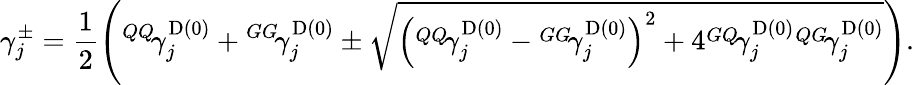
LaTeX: \gamma_{j}^{\pm}=\frac{1}{2}\left({^{QQ}\! {\gamma}_{j}^{\mathrm{D}(0)}}+{^{GG}\! {\gamma}_{j}^{\mathrm{D}(0)}}\pm\sqrt{\left({^{QQ}\! {\gamma}_{j}^{\mathrm{D}(0)}}-{^{GG}\! {\gamma}_{j}^{\mathrm{D}(0)}}\right)^{2}+4{^{GQ}\! {\gamma}_{j}^{\mathrm{D}(0)}}{^{QG}\! {\gamma}_{j}^{\mathrm{D}(0)}}}\right).